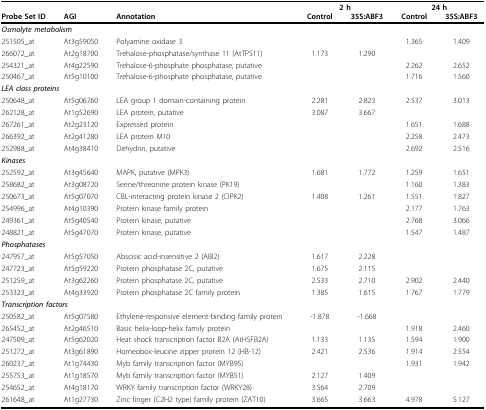
<table><thead><tr><td></td><td></td><td></td><td colspan="2"><b>2 h</b></td><td colspan="2"><b>24 h</b></td></tr><tr><td><b>Probe Set ID</b></td><td><b>AGI</b></td><td><b>Annotation</b></td><td><b>Control</b></td><td><b>35S:ABF3</b></td><td><b>Control</b></td><td><b>35S:ABF3</b></td></tr></thead><tbody><tr><td colspan="7"><b><i>Osmolyte metabolism</i></b></td></tr><tr><td>251505_at</td><td>At3g59050</td><td>Polyamine oxidase 3</td><td></td><td></td><td>1.365</td><td>1.409</td></tr><tr><td>266072_at</td><td>At2g18700</td><td>Trehalose-phosphatase/synthase 11 (AtTPS11)</td><td>1.173</td><td>1.290</td><td></td><td></td></tr><tr><td>254321_at</td><td>At4g22590</td><td>Trehalose-6-phosphate phosphatase, putative</td><td></td><td></td><td>2.262</td><td>2.652</td></tr><tr><td>250467_at</td><td>At5g10100</td><td>Trehalose-6-phosphate phosphatase, putative</td><td></td><td></td><td>1.716</td><td>1.560</td></tr><tr><td colspan="7"><b><i>LEA class proteins</i></b></td></tr><tr><td>250648_at</td><td>At5g06760</td><td>LEA group 1 domain-containing protein</td><td>2.281</td><td>2.823</td><td>2.537</td><td>3.013</td></tr><tr><td>262128_at</td><td>At1g52690</td><td>LEA protein, putative</td><td>3.087</td><td>3.667</td><td></td><td></td></tr><tr><td>267261_at</td><td>At2g23120</td><td>Expressed protein</td><td></td><td></td><td>1.651</td><td>1.688</td></tr><tr><td>266392_at</td><td>At2g41280</td><td>LEA protein M10</td><td></td><td></td><td>2.258</td><td>2.473</td></tr><tr><td>252988_at</td><td>At4g38410</td><td>Dehydrin, putative</td><td></td><td></td><td>2.692</td><td>2.516</td></tr><tr><td colspan="7"><b><i>Kinases</i></b></td></tr><tr><td>252592_at</td><td>At3g45640</td><td>MAPK, putative (MPK3)</td><td>1.681</td><td>1.772</td><td>1.259</td><td>1.651</td></tr><tr><td>258682_at</td><td>At3g08720</td><td>Serine/threonine protein kinase (PK19)</td><td></td><td></td><td>1.160</td><td>1.383</td></tr><tr><td>250673_at</td><td>At5g07070</td><td>CBL-interacting protein kinase 2 (CIPK2)</td><td>1.408</td><td>1.261</td><td>1.551</td><td>1.827</td></tr><tr><td>254996_at</td><td>At4g10390</td><td>Protein kinase family protein</td><td></td><td></td><td>2.177</td><td>1.763</td></tr><tr><td>249361_at</td><td>At5g40540</td><td>Protein kinase, putative</td><td></td><td></td><td>2.768</td><td>3.066</td></tr><tr><td>248821_at</td><td>At5g47070</td><td>Protein kinase, putative</td><td></td><td></td><td>1.547</td><td>1.487</td></tr><tr><td colspan="7"><b><i>Phosphatases</i></b></td></tr><tr><td>247957_at</td><td>At5g57050</td><td>Abscisic acid-insensitive 2 (ABI2)</td><td>1.617</td><td>2.228</td><td></td><td></td></tr><tr><td>247723_at</td><td>At5g59220</td><td>Protein phosphatase 2C, putative</td><td>1.675</td><td>2.115</td><td></td><td></td></tr><tr><td>251259_at</td><td>At3g62260</td><td>Protein phosphatase 2C, putative</td><td>2.533</td><td>2.710</td><td>2.902</td><td>2.440</td></tr><tr><td>253323_at</td><td>At4g33920</td><td>Protein phosphatase 2C family protein</td><td>1.385</td><td>1.615</td><td>1.767</td><td>1.779</td></tr><tr><td colspan="7"><b><i>Transcription factors</i></b></td></tr><tr><td>250582_at</td><td>At5g07580</td><td>Ethylene-responsive element-binding family protein</td><td>-1.878</td><td>-1.668</td><td></td><td></td></tr><tr><td>265452_at</td><td>At2g46510</td><td>Basic helix-loop-helix family protein</td><td></td><td></td><td>1.918</td><td>2.460</td></tr><tr><td>247509_at</td><td>At5g62020</td><td>Heat shock transcription factor B2A (AtHSFB2A)</td><td>1.133</td><td>1.135</td><td>1.594</td><td>1.900</td></tr><tr><td>251272_at</td><td>At3g61890</td><td>Homeobox-leucine zipper protein 12 (HB-12)</td><td>2.421</td><td>2.536</td><td>1.914</td><td>2.554</td></tr><tr><td>260237_at</td><td>At1g74430</td><td>Myb family transcription factor (MYB95)</td><td></td><td></td><td>1.931</td><td>1.942</td></tr><tr><td>255753_at</td><td>At1g18570</td><td>Myb family transcription factor (MYB51)</td><td>2.127</td><td>1.409</td><td></td><td></td></tr><tr><td>254652_at</td><td>At4g18170</td><td>WRKY family transcription factor (WRKY28)</td><td>3.564</td><td>2.709</td><td></td><td></td></tr><tr><td>261648_at</td><td>At1g27730</td><td>Zinc finger (C2H2 type) family protein (ZAT10)</td><td>3.665</td><td>3.663</td><td>4.978</td><td>5.127</td></tr></tbody></table>